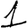
Digit: 1